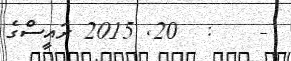
-    :  20